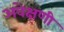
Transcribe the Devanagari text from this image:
अवेक्षणी